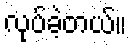
လုပ်ခဲ့တယ်။